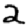
Digit: 2